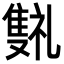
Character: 𬯰